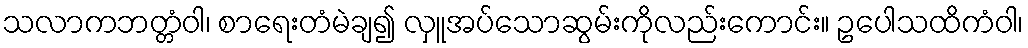
သလာကဘတ္တံဝါ၊ စာရေးတံမဲချ၍ လှူအပ်သောဆွမ်းကိုလည်းကောင်း။ ဥပေါသထိကံဝါ၊